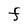
Character: F